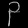
Digit: ၃